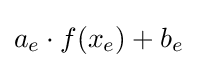
a_{e}\cdot f(x_{e})+b_{e}